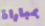
بمباراة